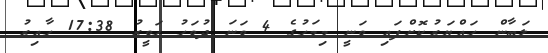
ލަބާން ހައްޔަރުކޮށްފައި ވަނީ މިމަހުގެ 4 ވަނަ ދުވަހު ހަވީރު 17:38 ހާއިރު